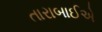
તારાબાઈએ